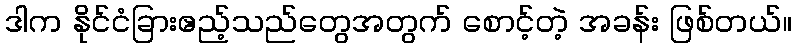
ဒါက နိုင်ငံခြားဧည့်သည်တွေအတွက် စောင့်တဲ့ အခန်း ဖြစ်တယ်။